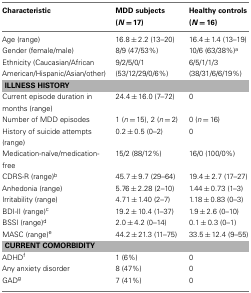
<table><thead><tr><td><b>Characteristic</b></td><td><b>MDD subjects (<i>N</i> = 17)</b></td><td><b>Healthy controls (<i>N</i> = 16)</b></td></tr></thead><tbody><tr><td>Age (range)</td><td>16.8 ± 2.2 (13–20)</td><td>16.4 ± 1.4 (13–19)</td></tr><tr><td>Gender (female/male)</td><td>8/9 (47/53%)</td><td>10/6 (63/38%)<sup>a</sup></td></tr><tr><td>Ethnicity (Caucasian/African American/Hispanic/Asian/other)</td><td>9/2/5/0/1 (53/12/29/0/6%)</td><td>6/5/1/1/3 (38/31/6/6/19%)</td></tr><tr><td colspan="3"><b>ILLNESS HISTORY</b></td></tr><tr><td>Current episode duration in months (range)</td><td>24.4 ± 16.0 (7–72)</td><td>0</td></tr><tr><td>Number of MDD episodes</td><td>1 (<i>n</i> = 15), 2 (<i>n</i> = 2)</td><td>0 (<i>n</i> = 16)</td></tr><tr><td>History of suicide attempts (range)</td><td>0.2 ± 0.5 (0–2)</td><td>0</td></tr><tr><td>Medication-naïve/medication-free</td><td>15/2 (88/12%)</td><td>16/0 (100/0%)</td></tr><tr><td>CDRS-R (range)<sup>b</sup></td><td>45.7 ± 9.7 (29–64)</td><td>19.4 ± 2.7 (17–27)</td></tr><tr><td>Anhedonia (range)</td><td>5.76 ± 2.28 (2–10)</td><td>1.44 ± 0.73 (1–3)</td></tr><tr><td>Irritability (range)</td><td>4.71 ± 1.40 (2–7)</td><td>1.18 ± 0.83 (0–3)</td></tr><tr><td>BDI-II (range)<sup>c</sup></td><td>19.2 ± 10.4 (1–37)</td><td>1.9 ± 2.6 (0–10)</td></tr><tr><td>BSSI (range)<sup>d</sup></td><td>2.0 ± 4.2 (0–14)</td><td>0.1 ± 0.3 (0–1)</td></tr><tr><td>MASC (range)<sup>e</sup></td><td>44.2 ± 21.3 (11–75)</td><td>33.5 ± 12.4 (9–55)</td></tr><tr><td colspan="3"><b>CURRENT COMORBIDITY</b></td></tr><tr><td>ADHD<sup>f</sup></td><td>1 (6%)</td><td>0</td></tr><tr><td>Any anxiety disorder</td><td>8 (47%)</td><td>0</td></tr><tr><td>GAD<sup>g</sup></td><td>7 (41%)</td><td>0</td></tr></tbody></table>